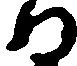
る